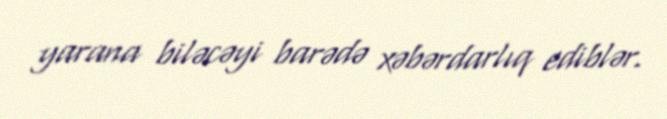
yarana biləcəyi barədə xəbərdarlıq ediblər.